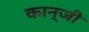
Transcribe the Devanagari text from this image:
कान्जी